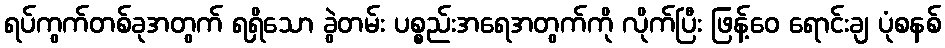
ရပ်ကွက်တစ်ခုအတွက် ရရှိသော ခွဲတမ်း ပစ္စည်းအရေအတွက်ကို လိုက်ပြီး ဖြန့်ဝေ ရောင်းချ ပုံစနစ်